Note on the mental hospitals in Burma - 1925-1940
Year: 1925
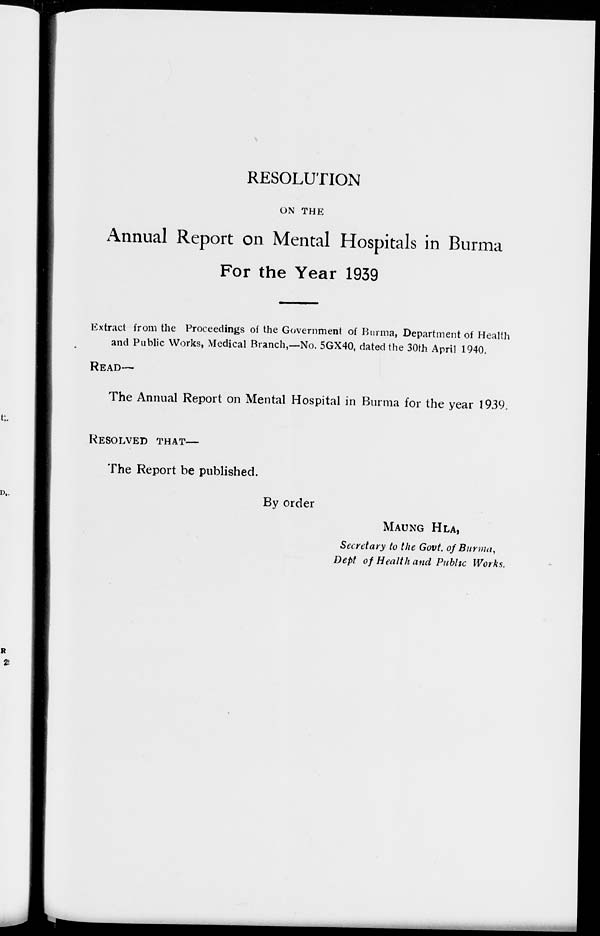
RESOLUTION
ON THE
Annual Report on Mental Hospitals in Burma
For the Year 1939
Extract from the Proceedings of the Government of Burma, Department of Health
and Public Works, Medical Branch,—No. 5GX40, dated the 30th April 1940.
READ—
The Annual Report on Mental Hospital in Burma for the year 1939.
RESOLVED
THAT—
The Report be published.
By order
MAUNG HLA,
Secretary to the Govt. of Burma,
Dept of Health and Public Works.